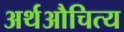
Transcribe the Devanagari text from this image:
अर्थऔचित्य